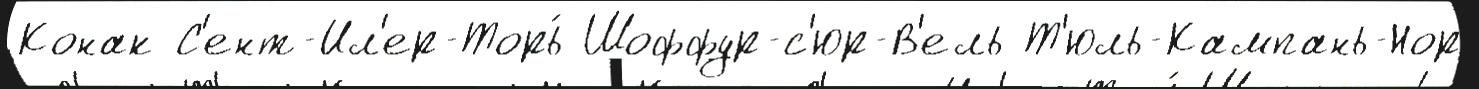
Конак С'ент-Ил'ер-Торь́ Шоффур-с'юр-В'ель Т'юль-Кампань-Нор